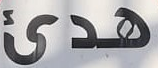
هدئ